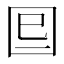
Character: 𡇆